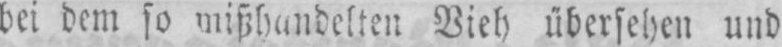
Vieh übersehen und